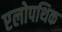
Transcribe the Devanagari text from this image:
एलोपथिक